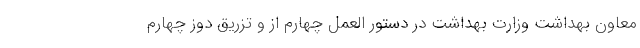
معاون بهداشت وزارت بهداشت در دستور العمل چهارم از و تزریق دوز چهارم